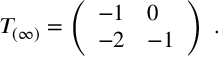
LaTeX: T _ { ( \infty ) } = \left( \begin{array} { l l } { { - 1 } } & { { 0 } } \\ { { - 2 } } & { { - 1 } } \end{array} \right) \ .